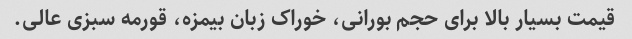
قیمت بسیار بالا برای حجم بورانی، خوراک زبان بیمزه، قورمه سبزی عالی.